Madras marine plague regulations
Disease focus: Plague
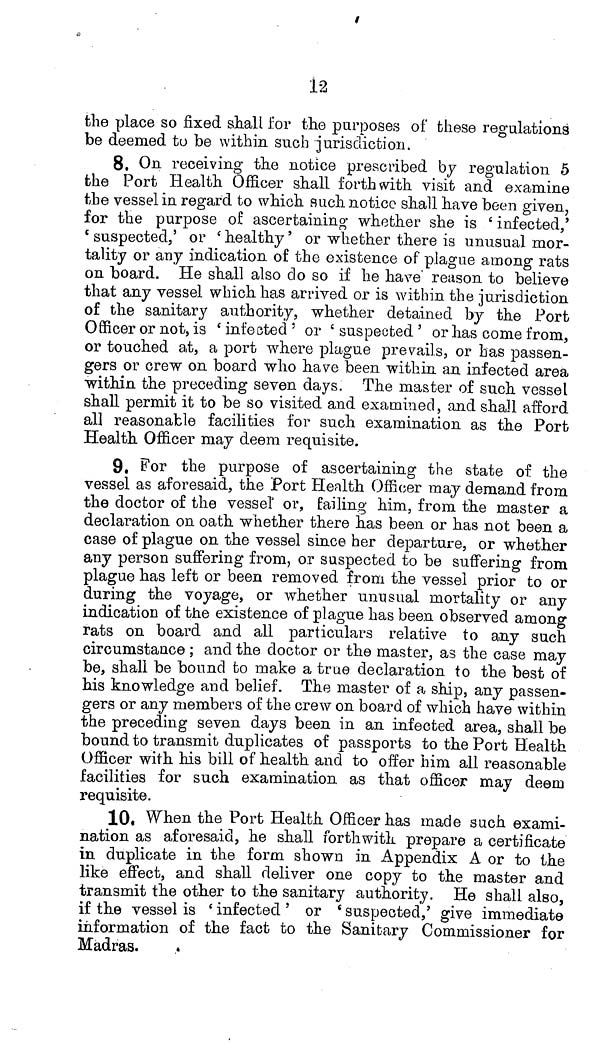
12
the place so fixed shall for the purposes of these regulations
be deemed to be within such jurisdiction.
8. On receiving the notice prescribed by regulation 5
the Port Health Officer shall forth with visit and examine
the vessel in regard to which auch notice shall have been given,
for the purpose of ascertaining whether she is 'infected,'
's
tality or any indication of the existence of plague among rats
on board. He shall also do so if he have' reason to believe
that any vessel which has arrived or is within the jurisdiction
of the sanitary authority, whether detained by the Port
Officer or not, is 'infected' or 'suspected' or has come from,
or touched at, a port where plague prevails, or has passen-
gers or crew on board who have been within an infected area
within the preceding seven days. The master of such vessel
shall permit it to be so visited and examined, and shall afford
all reasonable facilities for such examination as the Port
Health Officer may deem requisite.
9. For the purpose of ascertaining the state of the
vessel as aforesaid, the Port Health Officer may demand from
the doctor of the vessel or, failing him, from the master a
declaration on oath whether there has been or has not been a
case of plague on the vessel since her departure, or whether
any person suffering from, or suspected to be suffering from
plague has left or been removed from the vessel prior to or
during the voyage, or whether unusual mortality or any
indication of tñe existence of plague has been observed among
rats on board and all particulars relative to any such
circumstance; and the doctor or the master, as the case may
be, shall be bound to make a true declaration to the best of
his knowledge and belief. The master of a ship, any passen-
gers or any members of the crew on board of which have within
the preceding seven days been in an infected area, shall be
bound to transmit duplicates of passports to the Port Health
Officer with his bill of health and to offer him all reasonable
facilities for such examination as that officer may deem
requisite.
10. When the Port Health Officer has made such exami-
nation as aforesaid, he shall forthwith prepare a certificate
in duplicate in the form shown in Appendix A or to the
like effect, and shall deliver one copy to the master and
transmit the other to the sanitary authority. He shall also,
if the vessel is 'infected' or 'suspected,' give immediate
information of the fact to the Sanitary Commissioner for
Madras.